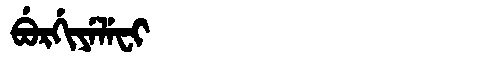
Manchu: ᠪᡠᡵᡤᡳᠶᡝᠯᡝᠸᡳ
Romanization: BURGIYELEFI